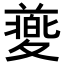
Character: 𡕸